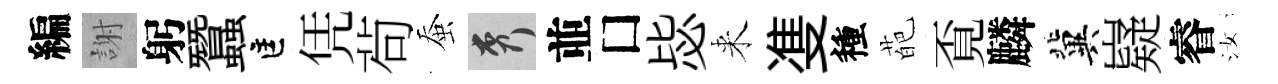
編謝躬蠶匡凭茍蚕秀並□毖来㕠種葩覔麟冀嶷睿汝